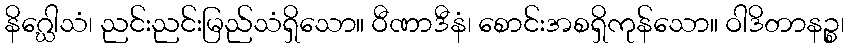
နိဂ္ဃေါသံ၊ ညင်းညင်းမြည်သံရှိသော။ ဝီဏာဒီနံ၊ စောင်းအစရှိကုန်သော။ ဝါဒိတာနဉ္စ၊